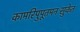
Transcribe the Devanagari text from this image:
कामरिपुपूतमनःसुकेत